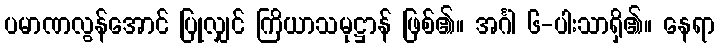
ပမာဏလွန်အောင် ပြုလျှင် ကြိယာသမုဋ္ဌာန် ဖြစ်၏။ အင်္ဂါ ၆-ပါးသာရှိ၏။ နေရာ